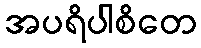
အပရိပါစိတေ